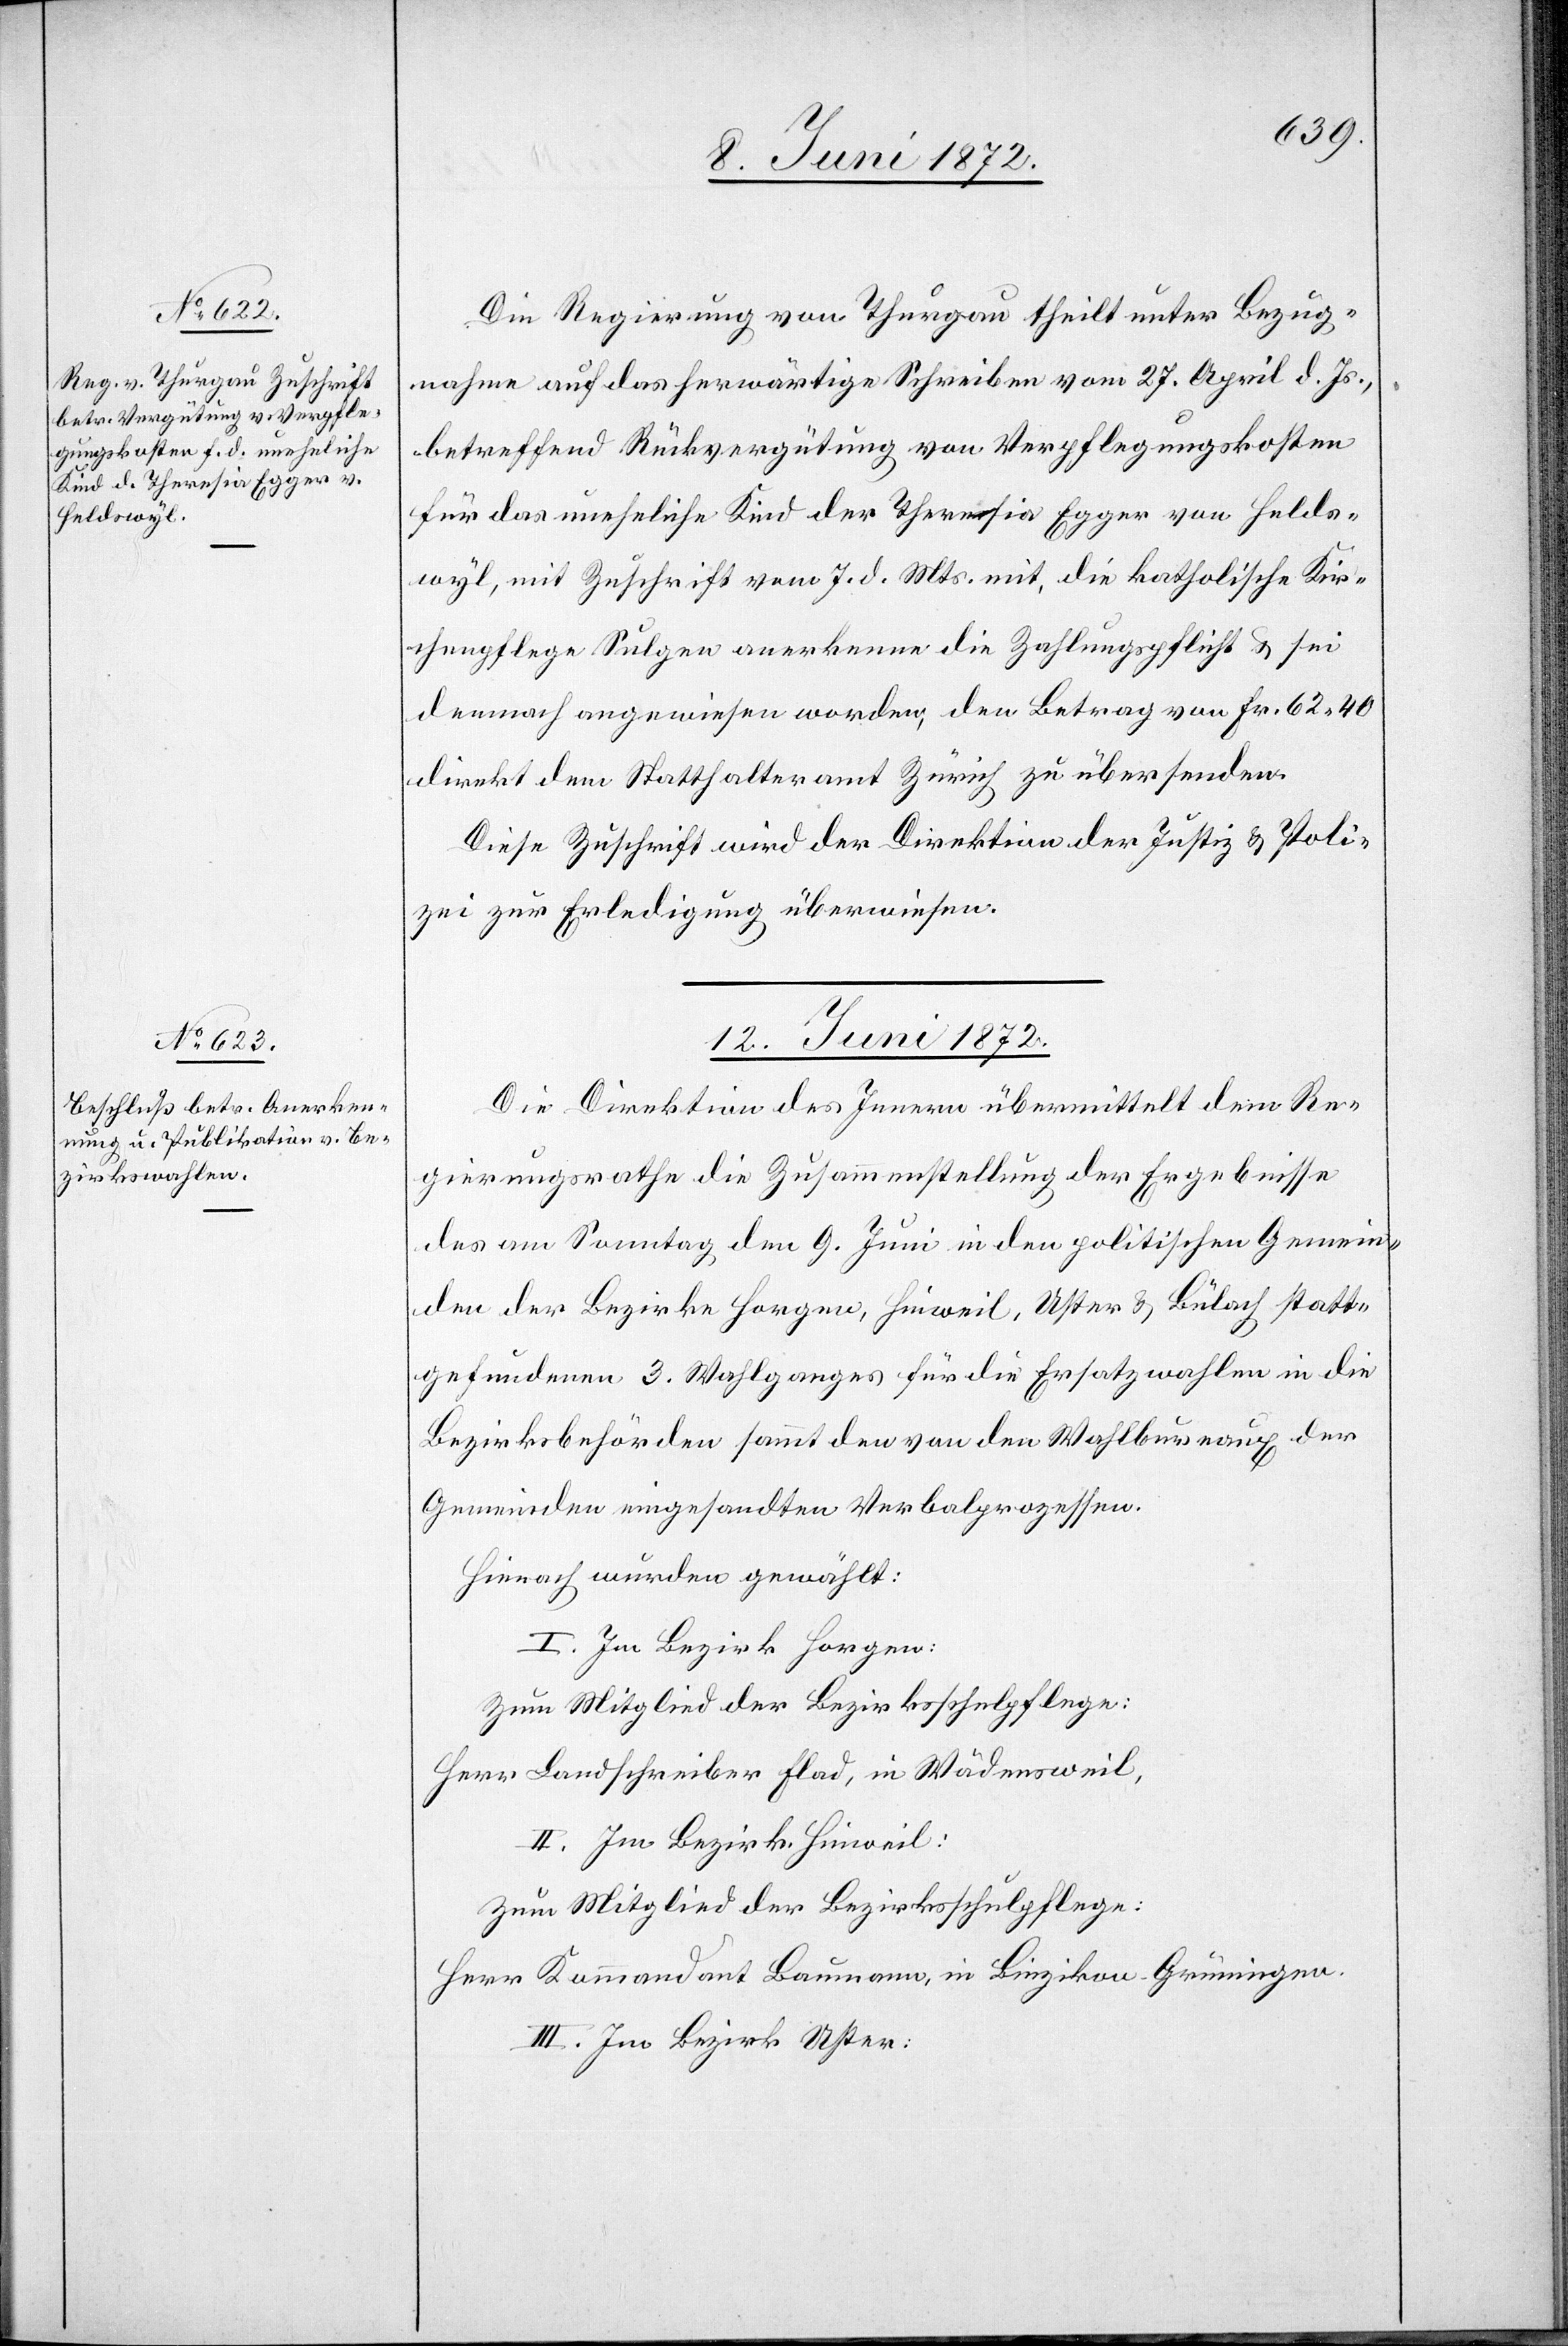
Die Regierung von Thurgau theilt unter Bezug¬
nahme auf das herwärtige Schreiben vom 27. April d. Js.,
betreffend Rückvergütung von Verpflegungskosten
für das uneheliche Kind der Theresia Egger von Helds¬
wyl, mit Zuschrift vom 7. d. Mts. mit, die katholische Kir¬
chenpflege Sulgen anerkenne die Zahlungspflicht u. sei
demnach angewiesen worden, den Betrag von Fr. 62 40
direkt dem Statthalteramt Zürich zu übersenden.
Diese Zuschrift wird der Direktion der Justiz u. Poli¬
zei zur Erledigung überwiesen.
12. Juni 1872.
Die Direktion des Innern übermitelt dem Re¬
gierungsrathe die Zusammenstellung der Ergebnisse
des am Sonntag den 9. Juni in den politischen Gemein¬
den der Bezirke Horgen, Hinweil, Uster u. Bülach statt¬
gefundenen 3. Wahlganges für die Ersatzwahlen in die
Bezirksbehörden sammt den von den Wahlbureaux der
Gemeinden eingesandten Verbalprozessen.
Hienach wurden gewählt:
I. Im Bezirk Horgen:
Zum Mitglied der Bezirksschulpflege:
Herr Landschreiber Flad, in Wädensweil,
II. Im Bezirk Hinweil:
Zum Mitglied der Bezirksschulpflege:
Herr Kommandant Baumann, in Binzikon-Grüningen.
III. Im Bezirk Uster: